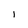
Character: 1